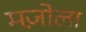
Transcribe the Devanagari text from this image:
मज़ोला